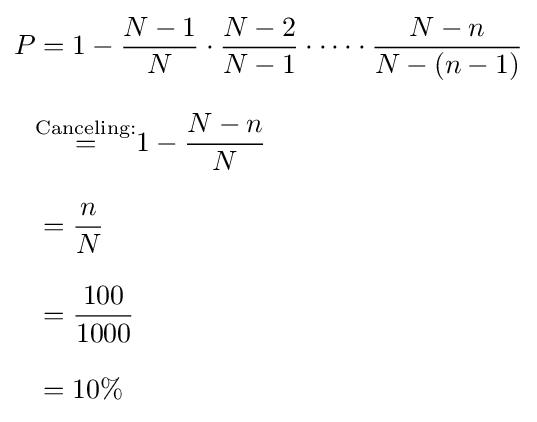
{\begin{aligned}P&=1-{\frac {N-1}{N}}\cdot {\frac {N-2}{N-1}}\cdot \cdots \cdot {\frac {N-n}{N-(n-1)}}\\[8pt]&{\stackrel {\text{Canceling:}}{=}}1-{\frac {N-n}{N}}\\[8pt]&={\frac {n}{N}}\\[8pt]&={\frac {100}{1000}}\\[8pt]&=10\%\end{aligned}}